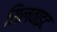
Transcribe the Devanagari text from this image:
सिलवाइट